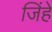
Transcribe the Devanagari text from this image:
जिंहे